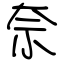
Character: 奈